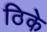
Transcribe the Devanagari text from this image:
ठिके